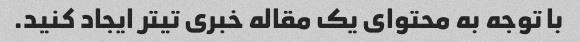
با توجه به محتوای یک مقاله خبری تیتر ایجاد کنید.